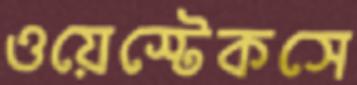
ওয়েস্টেকসে